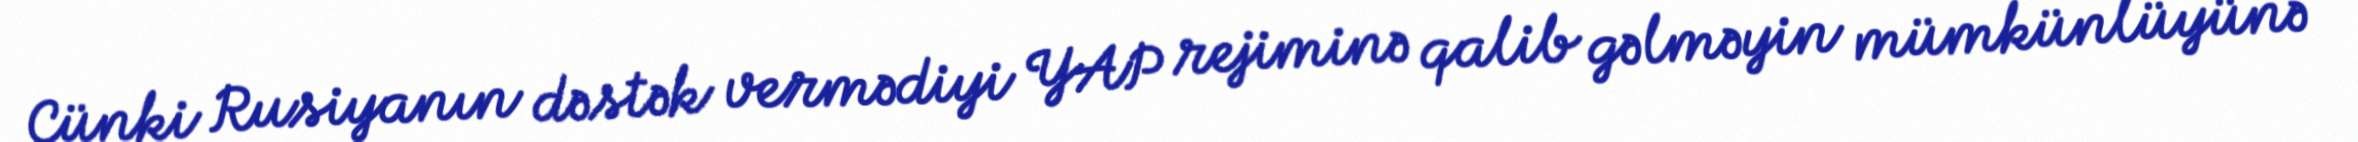
Çünki Rusiyanın dəstək vermədiyi YAP rejiminə qalib gəlməyin mümkünlüyünə